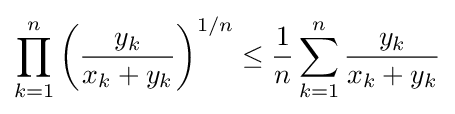
\prod _{k=1}^{n}\left({y_{k} \over x_{k}+y_{k}}\right)^{1/n}\leq {1 \over n}\sum _{k=1}^{n}{y_{k} \over x_{k}+y_{k}}